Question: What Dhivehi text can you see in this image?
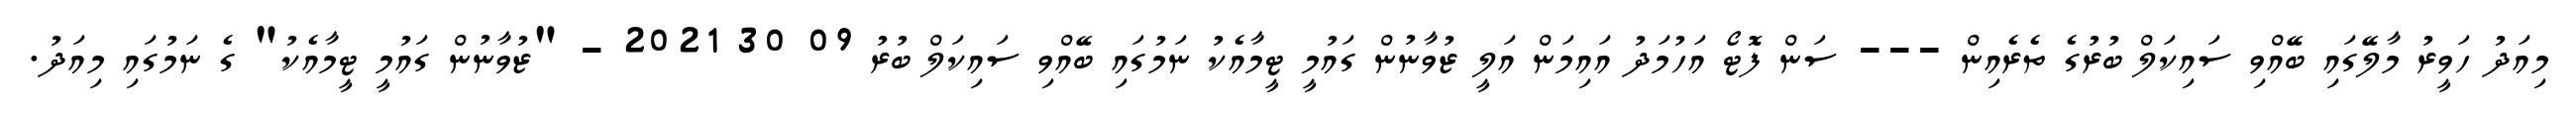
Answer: މިއަދު ހަވީރު މާލޭގައި ބޭއްވި ސައިކަލް ބުރުގެ ތެރެއިން --- ސަން ފޮޓޯ އަހުމަދު އައިމަން އަލީ ޒުވާނުން ގައުމީ ޓީމާއެކު ނަމުގައި ބޭއްވި ސައިކަލް ބުރު 09 30 2021 - "ޒުވާނުން ގައުމީ ޓީމާއެކު" ގެ ނަމުގައި މިއަދު.